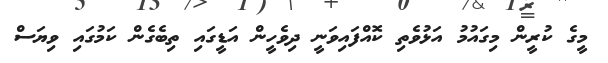
މީގެ ކުރީން މިގައުމު އަޅުވެތި ކޮއްފައިވަނީ ދިވެހީން އަޑީގައި ތިބެގެން ކަމުގައި ވިޔަސް